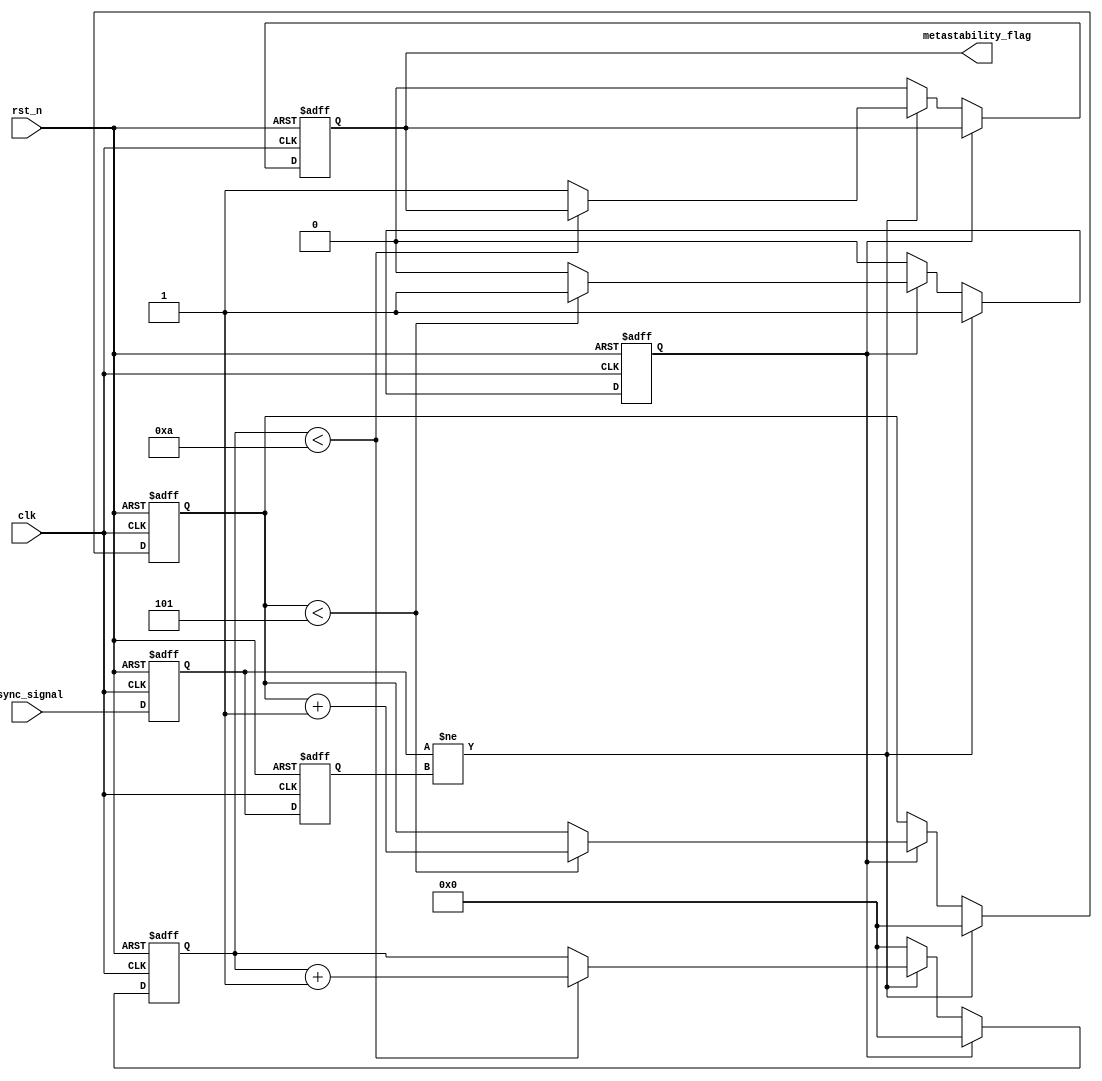
module metastability_detector #(
    parameter CLK_FREQ = 50_000_000, // Clock frequency in Hz
    parameter PULSE_WIDTH = 5,        // Pulse width in clock cycles
    parameter METASTABILITY_DURATION = 10 // Duration to monitor metastability in clock cycles
)(
    input wire clk,                   // System clock
    input wire rst_n,                 // Active low reset
    input wire async_signal,          // Asynchronous input signal
    output reg metastability_flag      // Metastability flag output
);

    // Internal signals
    reg ff1_out;                      // Output of the first flip-flop
    reg ff2_out;                      // Output of the second flip-flop
    reg [3:0] pulse_counter;          // Counter for pulse generation
    reg pulse;                        // Pulse signal
    reg [3:0] metastability_counter;   // Counter for metastability detection

    // First flip-flop to sample the asynchronous signal
    always @(posedge clk or negedge rst_n) begin
        if (!rst_n) begin
            ff1_out <= 1'b0;
        end else begin
            ff1_out <= async_signal;
        end
    end

    // Second flip-flop to sample the output of the first flip-flop
    always @(posedge clk or negedge rst_n) begin
        if (!rst_n) begin
            ff2_out <= 1'b0;
        end else begin
            ff2_out <= ff1_out;
        end
    end

    // Pulse generator logic
    always @(posedge clk or negedge rst_n) begin
        if (!rst_n) begin
            pulse <= 1'b0;
            pulse_counter <= 0;
        end else if (ff1_out != ff2_out) begin // Detect change
            pulse <= 1'b1; // Generate pulse
            pulse_counter <= 0; // Reset pulse counter
        end else if (pulse) begin
            if (pulse_counter < PULSE_WIDTH) begin
                pulse_counter <= pulse_counter + 1;
            end else begin
                pulse <= 1'b0; // End pulse after specified width
            end
        end
    end

    // Metastability detection logic
    always @(posedge clk or negedge rst_n) begin
        if (!rst_n) begin
            metastability_flag <= 1'b0;
            metastability_counter <= 0;
        end else if (pulse) begin
            metastability_counter <= 0; // Reset counter on pulse
        end else if (ff1_out != ff2_out) begin
            if (metastability_counter < METASTABILITY_DURATION) begin
                metastability_counter <= metastability_counter + 1;
            end else begin
                metastability_flag <= 1'b1; // Set flag if metastability detected
            end
        end else begin
            metastability_flag <= 1'b0; // Clear flag if stable
            metastability_counter <= 0; // Reset counter if stable
        end
    end

endmodule